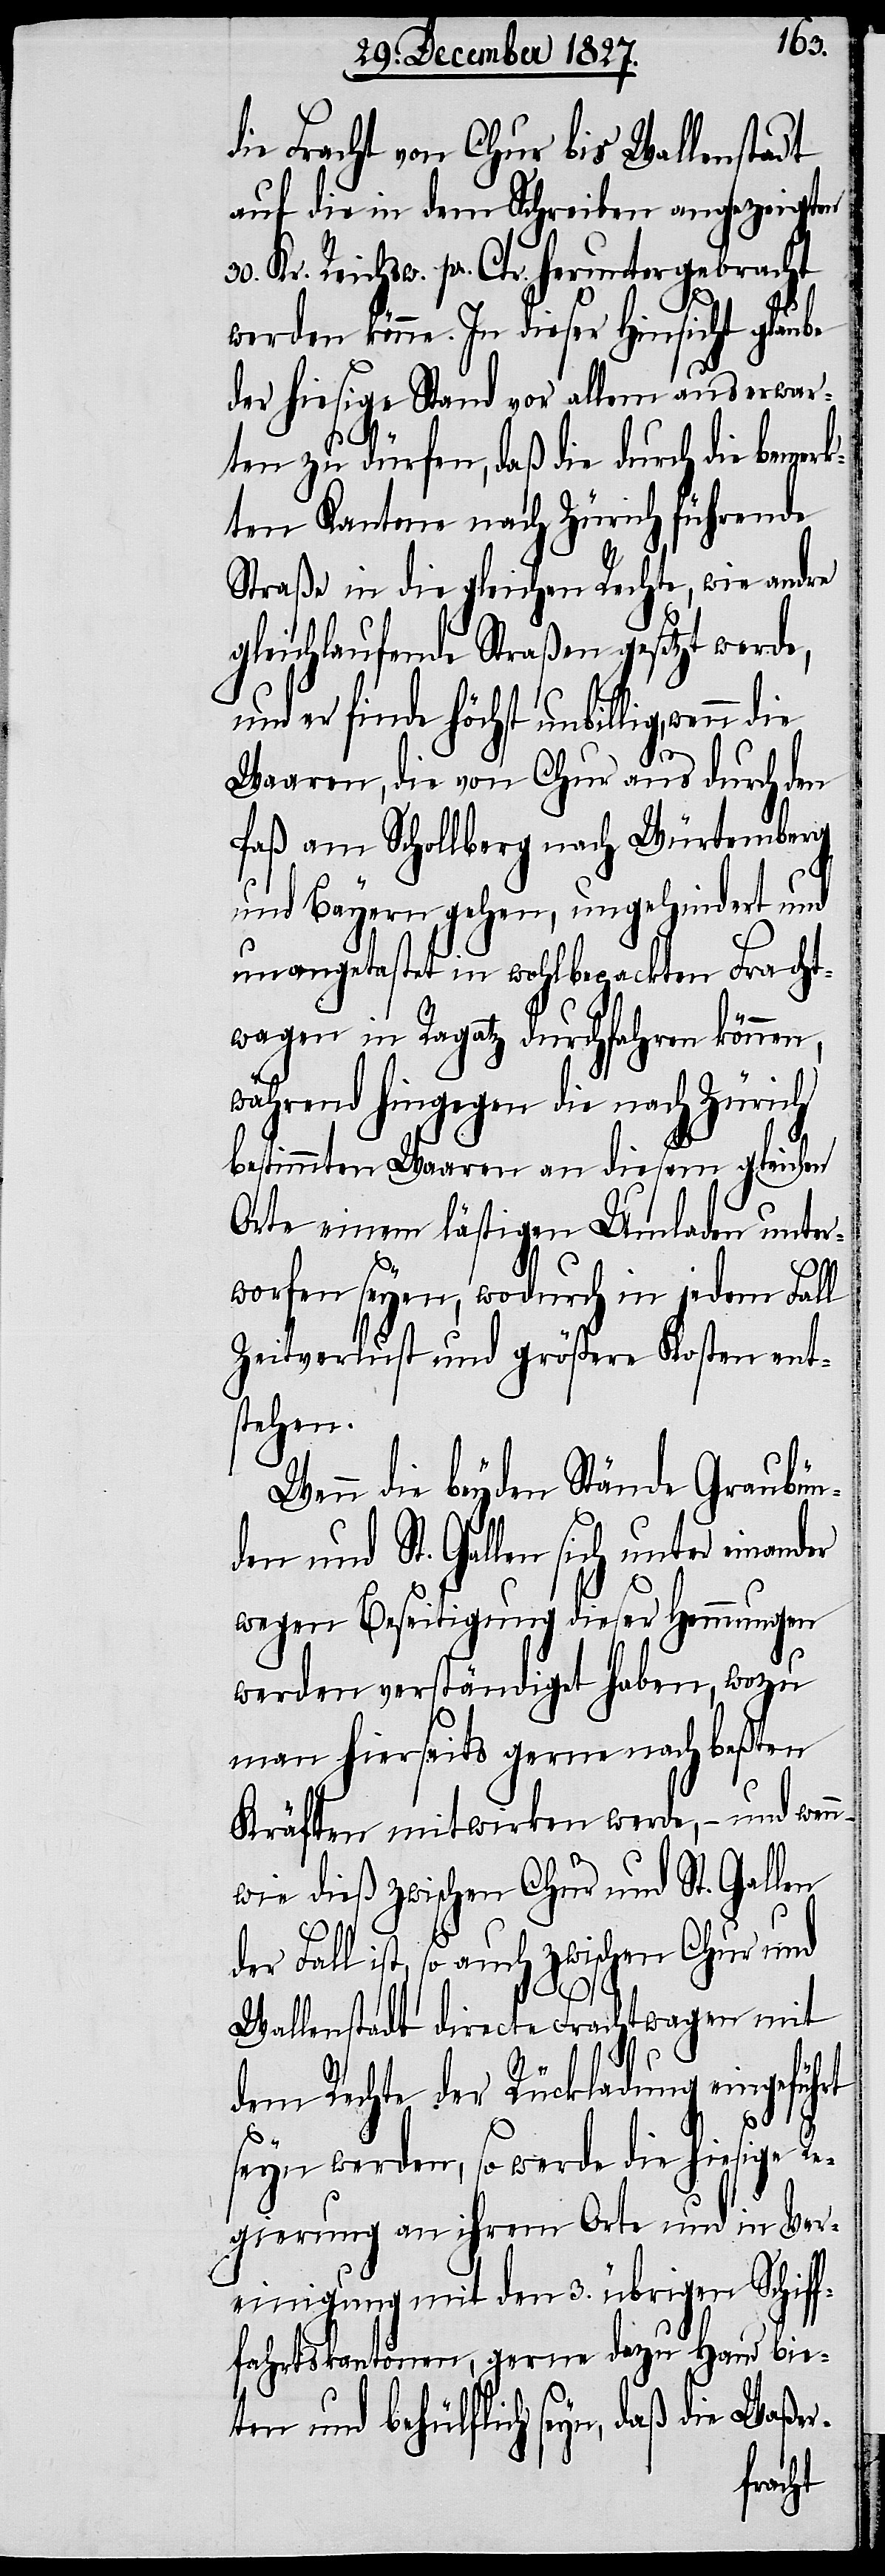
die Fracht von Chur bis Wallenstadt
auf die in dem Schreiben angezeigten
Kr. Reichsw. pr. Ctr. heruntergebracht
werden könne. In dieser Hinsicht glaube
der hiesige Stand vor allem aus erwar¬
ten zu dürfen, daß die durch die bemer¬
kten Kantone nach Zürich führende
Straße in die gleichen Rechte, wie andre
gleichlaufende Straßen gesetzt werde,
und er finde höchst unbillig,
Waaren, die von Chur aus durch den
Paß am Schollberg nach Würtemberg
und Bayern gehen, ungehindert und
unangetastet in wohlbepackten Fracht¬
wagen in Ragatz durchfahren können,
während hingegen die nach Zürich
d¬
bestimmten Waaren an diesem gleichen
Orte einem lästigen Umladen unter¬
worfen seyen, wodurch in jedem Fall
Zeitverlust und größere Kosten ent¬
stehen.
Wenn die beyden Stände Graubün¬
den und St. Gallen sich unter einand¬
wegen Beseitigung dieser Hemmungen
werden verständigt haben, wozu
man hierseits gerne nach beßten
Kräften mitwirken werde, – und wenn
wie dieß zwischen Chur und St. Gallen
er Fall ist, so auch zwischen Chur und
Wallenstadt directe Frachtwagen mit
dem Rechte der Rückladung eingeführt
er
seyn werden, so werde die hiesige Re¬
gierung an ihrem Orte und in Ver¬
einigung mit den 3. übrigen Schiff¬
fahrtskantonen, gerne dazu Hand bie¬
ten und behülflich seyn, daß die